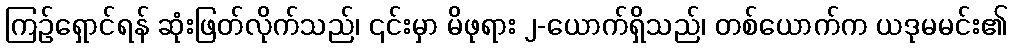
ကြဉ်ရှောင်ရန် ဆုံးဖြတ်လိုက်သည်၊ ၎င်းမှာ မိဖုရား ၂-ယောက်ရှိသည်၊ တစ်ယောက်က ယဒုမမင်း၏